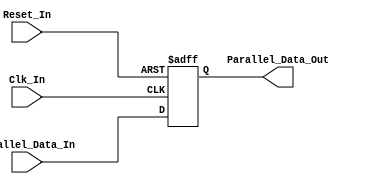
/* 
Verilog Code to implement a ParParallel-In-Parallel-Out - PIPO - 16-Bit Shift Register.



Author - Prasad Narayan Ghatol
*/



module Parallel_In_Parallel_Out_PIPO_16_Bit(
    input             Clk_In,
    input             Reset_In,

    input      [15:0] Parallel_Data_In,
    output reg [15:0] Parallel_Data_Out
);



// --------------------------------------------------
// Parallel-In-Parallel-Out - PIPO - 16-Bit Shift Register Logic
// --------------------------------------------------
always @ (negedge Clk_In or posedge Reset_In)
    begin
        if (Reset_In)
            begin
                Parallel_Data_Out <= 16'b0;
            end
        else
            begin
                Parallel_Data_Out[0]  <= Parallel_Data_In[0];
                Parallel_Data_Out[1]  <= Parallel_Data_In[1];
                Parallel_Data_Out[2]  <= Parallel_Data_In[2];
                Parallel_Data_Out[3]  <= Parallel_Data_In[3];
                Parallel_Data_Out[4]  <= Parallel_Data_In[4];
                Parallel_Data_Out[5]  <= Parallel_Data_In[5];
                Parallel_Data_Out[6]  <= Parallel_Data_In[6];
                Parallel_Data_Out[7]  <= Parallel_Data_In[7];
                Parallel_Data_Out[8]  <= Parallel_Data_In[8];
                Parallel_Data_Out[9]  <= Parallel_Data_In[9];
                Parallel_Data_Out[10] <= Parallel_Data_In[10];
                Parallel_Data_Out[11] <= Parallel_Data_In[11];
                Parallel_Data_Out[12] <= Parallel_Data_In[12];
                Parallel_Data_Out[13] <= Parallel_Data_In[13];
                Parallel_Data_Out[14] <= Parallel_Data_In[14];
                Parallel_Data_Out[15] <= Parallel_Data_In[15];
            end
    end



endmodule